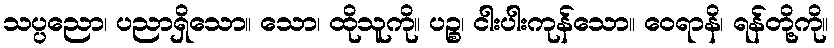
သပ္ပညော၊ ပညာရှိသော။ သော၊ ထိုသူကို။ ပဉ္စ၊ ငါးပါးကုန်သော။ ဝေရာနိ၊ ရန်တို့ကို။